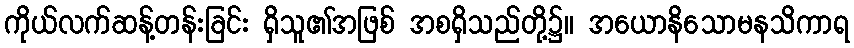
ကိုယ်လက်ဆန့်တန်းခြင်း ရှိသူ၏အဖြစ် အစရှိသည်တို့၌။ အယောနိသောမနသိကာရ